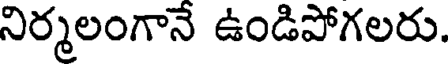
నిర్మలంగానే ఉండిపోగలరు.